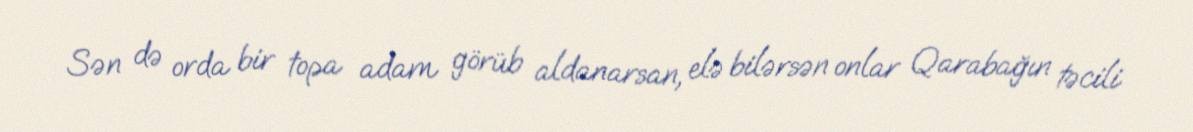
Sən də orda bir topa adam görüb aldanarsan, elə bilərsən onlar Qarabağın təcili